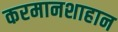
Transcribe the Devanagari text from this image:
करमानशाहान